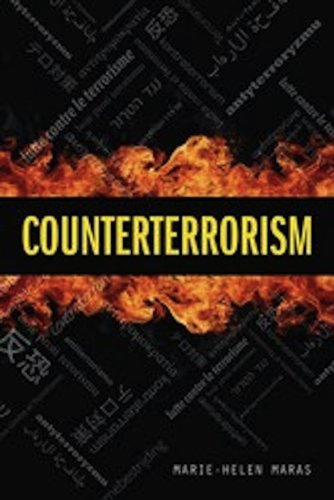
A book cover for Counterterrorism; Marie-Helen Maras; Law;